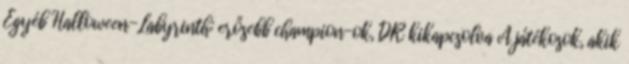
Egyéb Halloween-Labyrinth: erősebb champion-ok, DR kikapcsolva A játékosok, akik